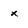
Character: x